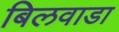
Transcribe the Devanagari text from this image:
बिलवाडा